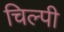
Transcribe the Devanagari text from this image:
चिल्पी